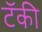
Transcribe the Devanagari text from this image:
टॅकी